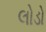
લોડો